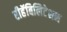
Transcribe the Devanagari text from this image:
रीहॅबिलिटेशन